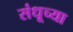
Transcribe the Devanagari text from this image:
संधूच्या